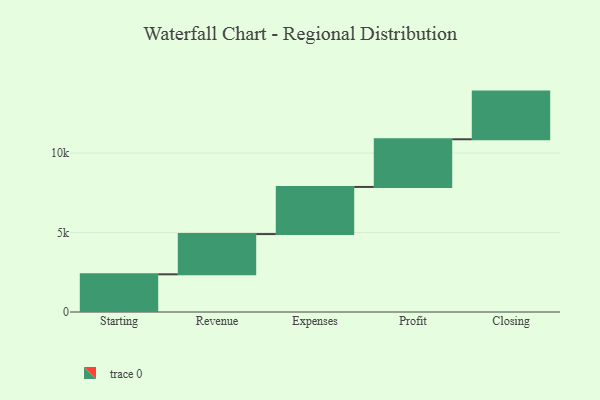
{"axis": {"x": "Step", "y": "Value"}, "legend": [""], "data": [{"x": "Starting", "y": 2372.0, "type": ""}, {"x": "Revenue", "y": 2531.0, "type": ""}, {"x": "Expenses", "y": 2966.0, "type": ""}, {"x": "Profit", "y": 3000, "type": ""}, {"x": "Closing", "y": 3000, "type": ""}]}